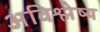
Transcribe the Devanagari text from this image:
अविश्लेष्य